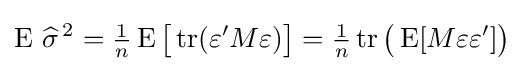
\operatorname {E} \,{\widehat {\sigma }}^{\,2}={\tfrac {1}{n}}\operatorname {E} {\big [}\operatorname {tr} (\varepsilon 'M\varepsilon ){\big ]}={\tfrac {1}{n}}\operatorname {tr} {\big (}\operatorname {E} [M\varepsilon \varepsilon ']{\big )}